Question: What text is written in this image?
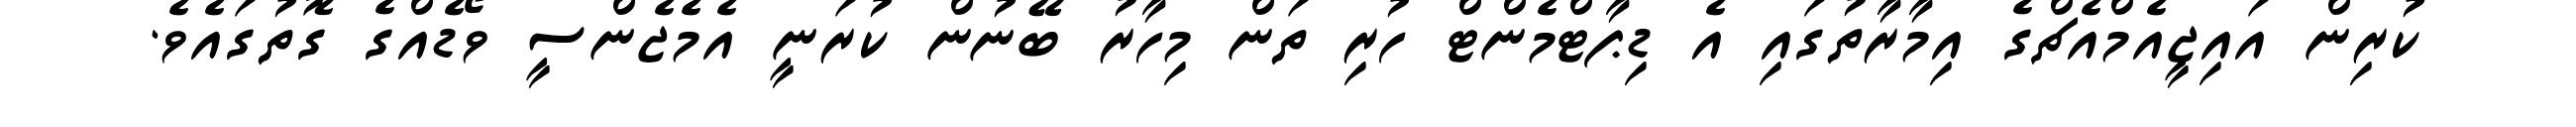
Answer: ކުރިން އައިޖީއެމްއެޗްގެ އިމާރާތުގައި އެ ޑިޕާޓްމެންޓް ހުރި ތަން މިހާރު ބޭނުން ކުރަނީ އެމެޖެންސީ ވޯޑެއްގެ ގޮތުގައެވެ.